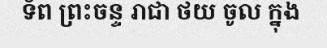
ទ័ព ព្រះចន្ទ រាជា ថយ ចូល ក្នុង